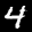
Label: 4